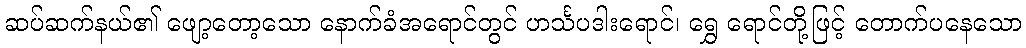
ဆပ်ဆက်နယ်၏ ဖျော့တော့သော နောက်ခံအရောင်တွင် ဟင်္သပဒါးရောင်၊ ရွှေ ရောင်တို့ဖြင့် တောက်ပနေသော